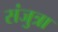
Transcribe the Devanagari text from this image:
संजुत्रा